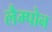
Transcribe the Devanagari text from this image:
लैम्पोन